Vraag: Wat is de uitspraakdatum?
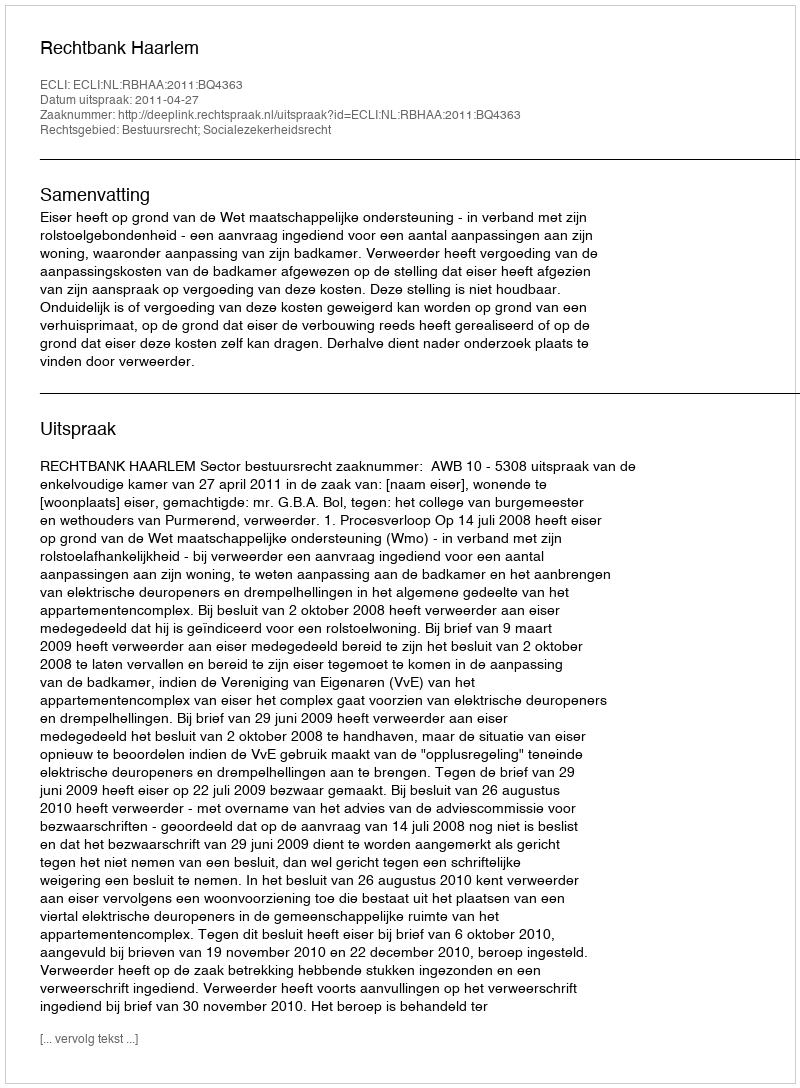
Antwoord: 2011-04-27